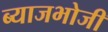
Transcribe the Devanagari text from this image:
ब्याजभोजी